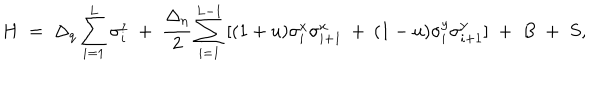
LaTeX: H \; = \; \Delta _ { q } \sum _ { i = 1 } ^ { L } \sigma _ { i } ^ { z } \; + \; \frac { \Delta _ { \eta } } { 2 } \sum _ { i = 1 } ^ { L - 1 } \: [ ( 1 + u ) \sigma _ { i } ^ { x } \sigma _ { i + 1 } ^ { x } \: + \: ( 1 - u ) \sigma _ { i } ^ { y } \sigma _ { i + 1 } ^ { y } ] \; + \; B \; + \; S ,